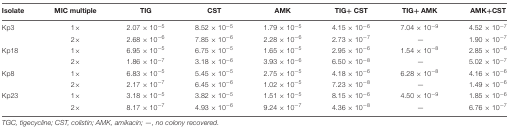
<table><thead><tr><td><b>Isolate</b></td><td><b>MIC multiple</b></td><td><b>TIG</b></td><td><b>CST</b></td><td><b>AMK</b></td><td><b>TIG+ CST</b></td><td><b>TIG+ AMK</b></td><td><b>AMK+CST</b></td></tr></thead><tbody><tr><td>Kp3</td><td>1×</td><td>2.07 × 10<sup>-5</sup></td><td>8.52 × 10<sup>-5</sup></td><td>1.79 × 10<sup>-5</sup></td><td>4.15 × 10<sup>-6</sup></td><td>7.04 × 10<sup>-9</sup></td><td>4.52 × 10<sup>-7</sup></td></tr><tr><td></td><td>2×</td><td>2.68 × 10<sup>-6</sup></td><td>7.85 × 10<sup>-6</sup></td><td>2.28 × 10<sup>-6</sup></td><td>2.73 × 10<sup>-7</sup></td><td>—</td><td>1.90 × 10<sup>-7</sup></td></tr><tr><td>Kp18</td><td>1×</td><td>6.95 × 10<sup>-5</sup></td><td>6.75 × 10<sup>-5</sup></td><td>1.65 × 10<sup>-5</sup></td><td>2.95 × 10<sup>-6</sup></td><td>1.54 × 10<sup>-8</sup></td><td>2.85 × 10<sup>-6</sup></td></tr><tr><td></td><td>2×</td><td>1.86 × 10<sup>-7</sup></td><td>3.18 × 10<sup>-6</sup></td><td>3.93 × 10<sup>-6</sup></td><td>6.50 × 10<sup>-8</sup></td><td>—</td><td>5.02 × 10<sup>-7</sup></td></tr><tr><td>Kp8</td><td>1×</td><td>6.83 × 10<sup>-5</sup></td><td>5.45 × 10<sup>-5</sup></td><td>2.75 × 10<sup>-5</sup></td><td>4.18 × 10<sup>-6</sup></td><td>6.28 × 10<sup>-8</sup></td><td>4.16 × 10<sup>-6</sup></td></tr><tr><td></td><td>2×</td><td>2.17 × 10<sup>-7</sup></td><td>6.45 × 10<sup>-6</sup></td><td>1.02 × 10<sup>-5</sup></td><td>7.23 × 10<sup>-8</sup></td><td>—</td><td>1.49 × 10<sup>-6</sup></td></tr><tr><td>Kp23</td><td>1×</td><td>3.18 × 10<sup>-5</sup></td><td>3.82 × 10<sup>-5</sup></td><td>1.51 × 10<sup>-5</sup></td><td>8.15 × 10<sup>-6</sup></td><td>4.50 × 10<sup>-9</sup></td><td>1.85 × 10<sup>-6</sup></td></tr><tr><td></td><td>2×</td><td>8.17 × 10<sup>-7</sup></td><td>4.93 × 10<sup>-6</sup></td><td>9.24 × 10<sup>-7</sup></td><td>4.36 × 10<sup>-8</sup></td><td>—</td><td>6.76 × 10<sup>-7</sup></td></tr></tbody></table>